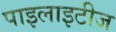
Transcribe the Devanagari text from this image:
पाइलाइटीज